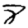
Digit: 8